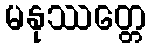
မနုဿတ္တေ